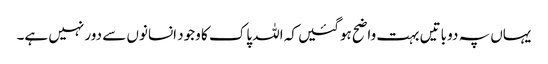
یہاں پہ دو باتیں بہت واضح ہوگئیں کہ اللہ پاک کا وجود انسانوں سے دور نہیں ہے۔